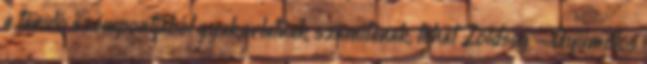
a tanuló szempontjából gyakorlatnak számítanak, tehát Zöldség - Gyümölcs